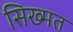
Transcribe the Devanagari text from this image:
सिख्मत